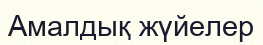
Амалдық жүйелер